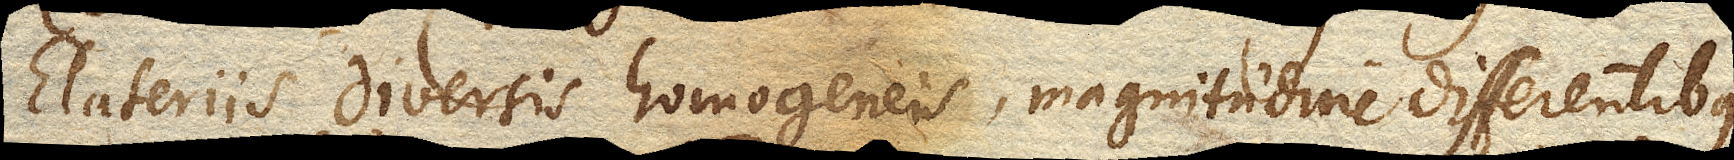
Elateriis diversis homogeneis, magnitudine differentibus